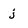
Character: j